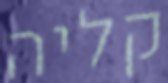
קליה